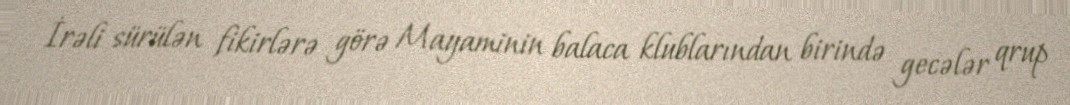
İrəli sürülən fikirlərə görə Mayaminin balaca klublarından birində gecələr qrup